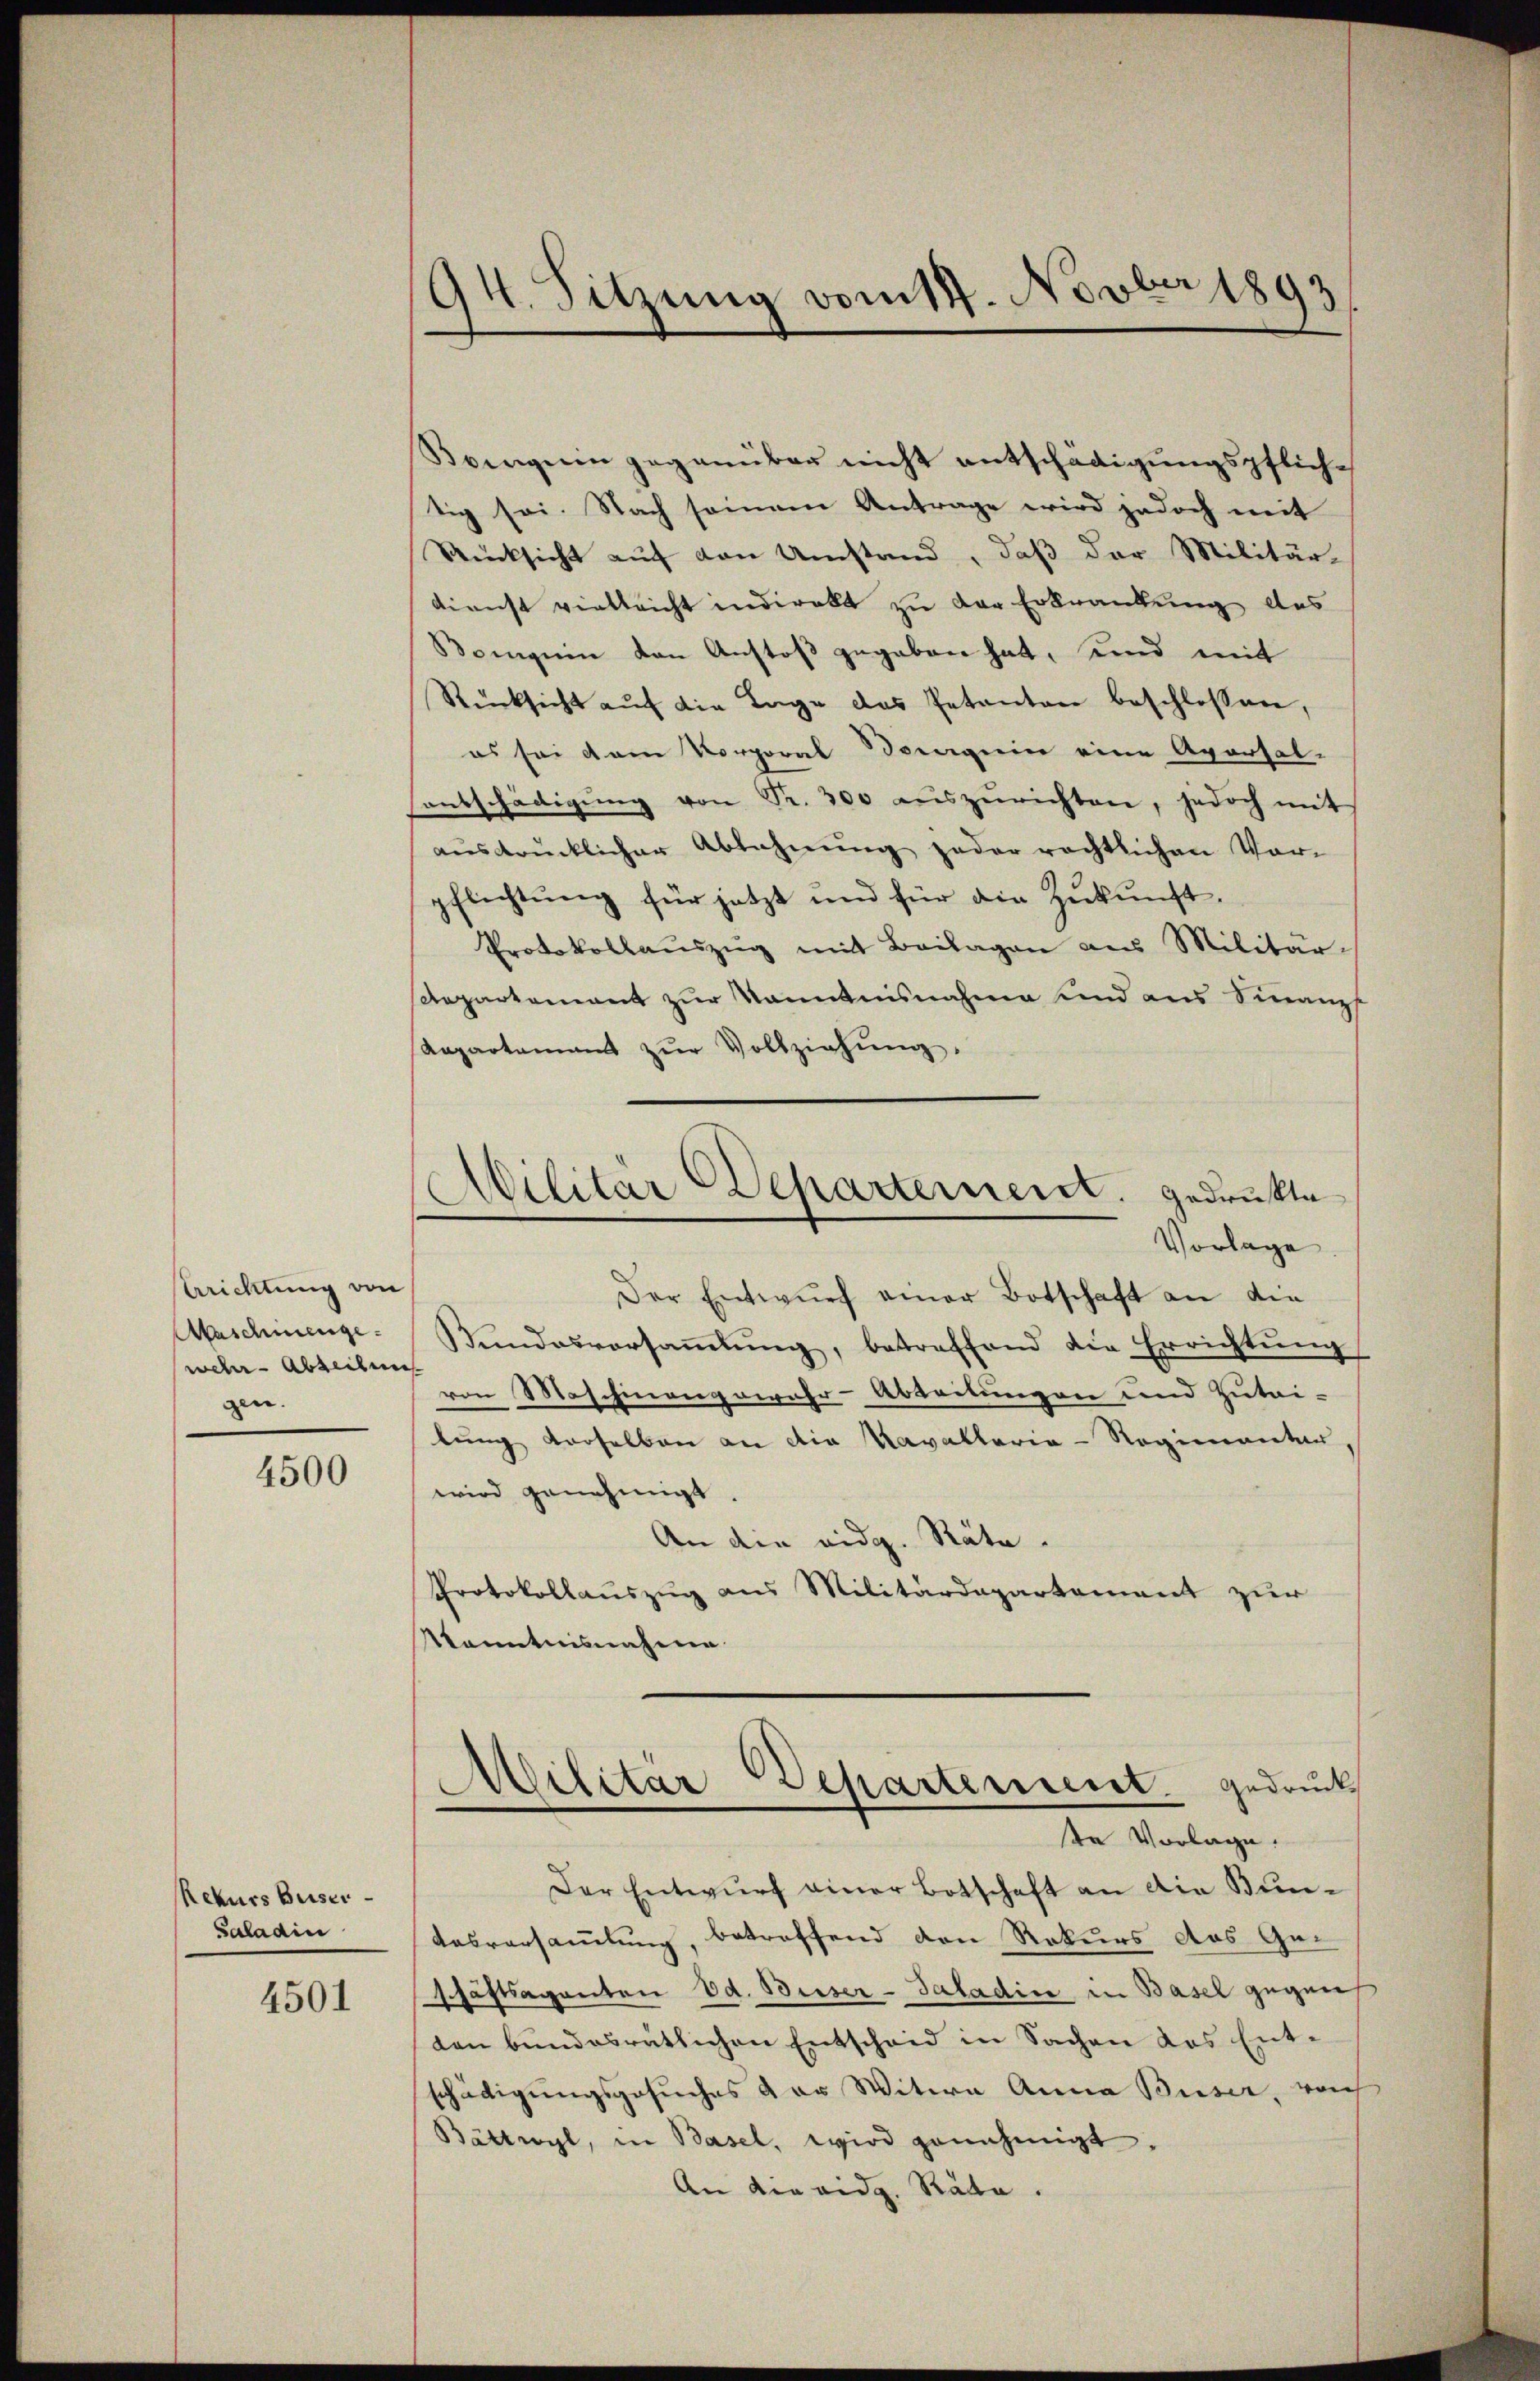
Arichtung von
Aaschienge
wehr-Abteilen
gen. |

4500

Rekurs Beiser
Saladin

4501

Bringenen gegenüber nicht entschädigungspfliche
tig sei. Nach seinem Antrage wird jedoch mit
Rücksicht auf den Umstand, daß der Militär-
dienst vielleicht indirekt zu der Erkrankung des
Boguin von Anstoß gegeben hat, und mit
Rücksicht aŭf die Tage das Petenten beschlossen,
es sei am Korporal Vorgerin eine Aversal-
entschädigŭng von Fr. 300 aŭszurichten, jedoch mit
aŭsdrücklicher Ablehnŭng jeder rechtlichen Vor-
pflichtŭng für jetzt und für die Zŭkŭnft.
Protokollaŭszŭg mit Beilagen aus Militär-
departement zur Kenntnisnahme und aus Sinanz
Repartamant zŭr Vollziehŭng.

94. Sitzung vom 14. Novber 1893,

Militär Departement, gedrukte
Vorlage

Der Entwurf einer Botschaft an die
Bŭndesversaṁlŭng, betreffend die Errichtŭng
von Maschinengewahr-Abteilungen und Zutri-
lung derselben an die Kavallaria-Regimenten,
wird genehmigt.
An die eidg. Räte.
Protokollauszug aus Militärdepartement zur
Kenntnisnahme

Militär Departement gedruck
te Vorlage.

Der Entwurf einer Botschaft an die Buntasversammlung, betreffend den Rekurs das Geschäftsagenten od. Beiser-Saladin in Basel gegen
den bundesrätlichen Entscheid in Sachen das Ent-
schädigungsgesuches der Witwe Anna Buser, rech
Bättwyl, in Basel, wird genehmigt.
An die eidg. Räte.